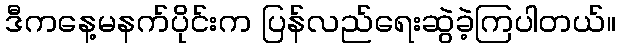
ဒီကနေ့မနက်ပိုင်းက ပြန်လည်ရေးဆွဲခဲ့ကြပါတယ်။